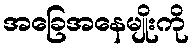
အခြေအနေမျိုးကို